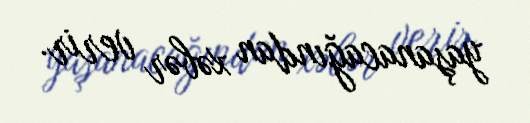
yaşanacağından xəbər verir.